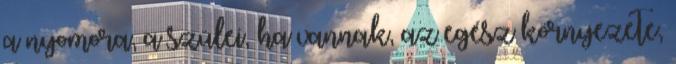
a nyomora, a szülei, ha vannak, az egész környezete,